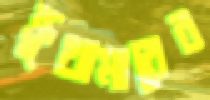
ক্রুথামারের